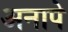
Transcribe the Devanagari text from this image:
अनापे